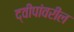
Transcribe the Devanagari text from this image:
द्वीपांवरील